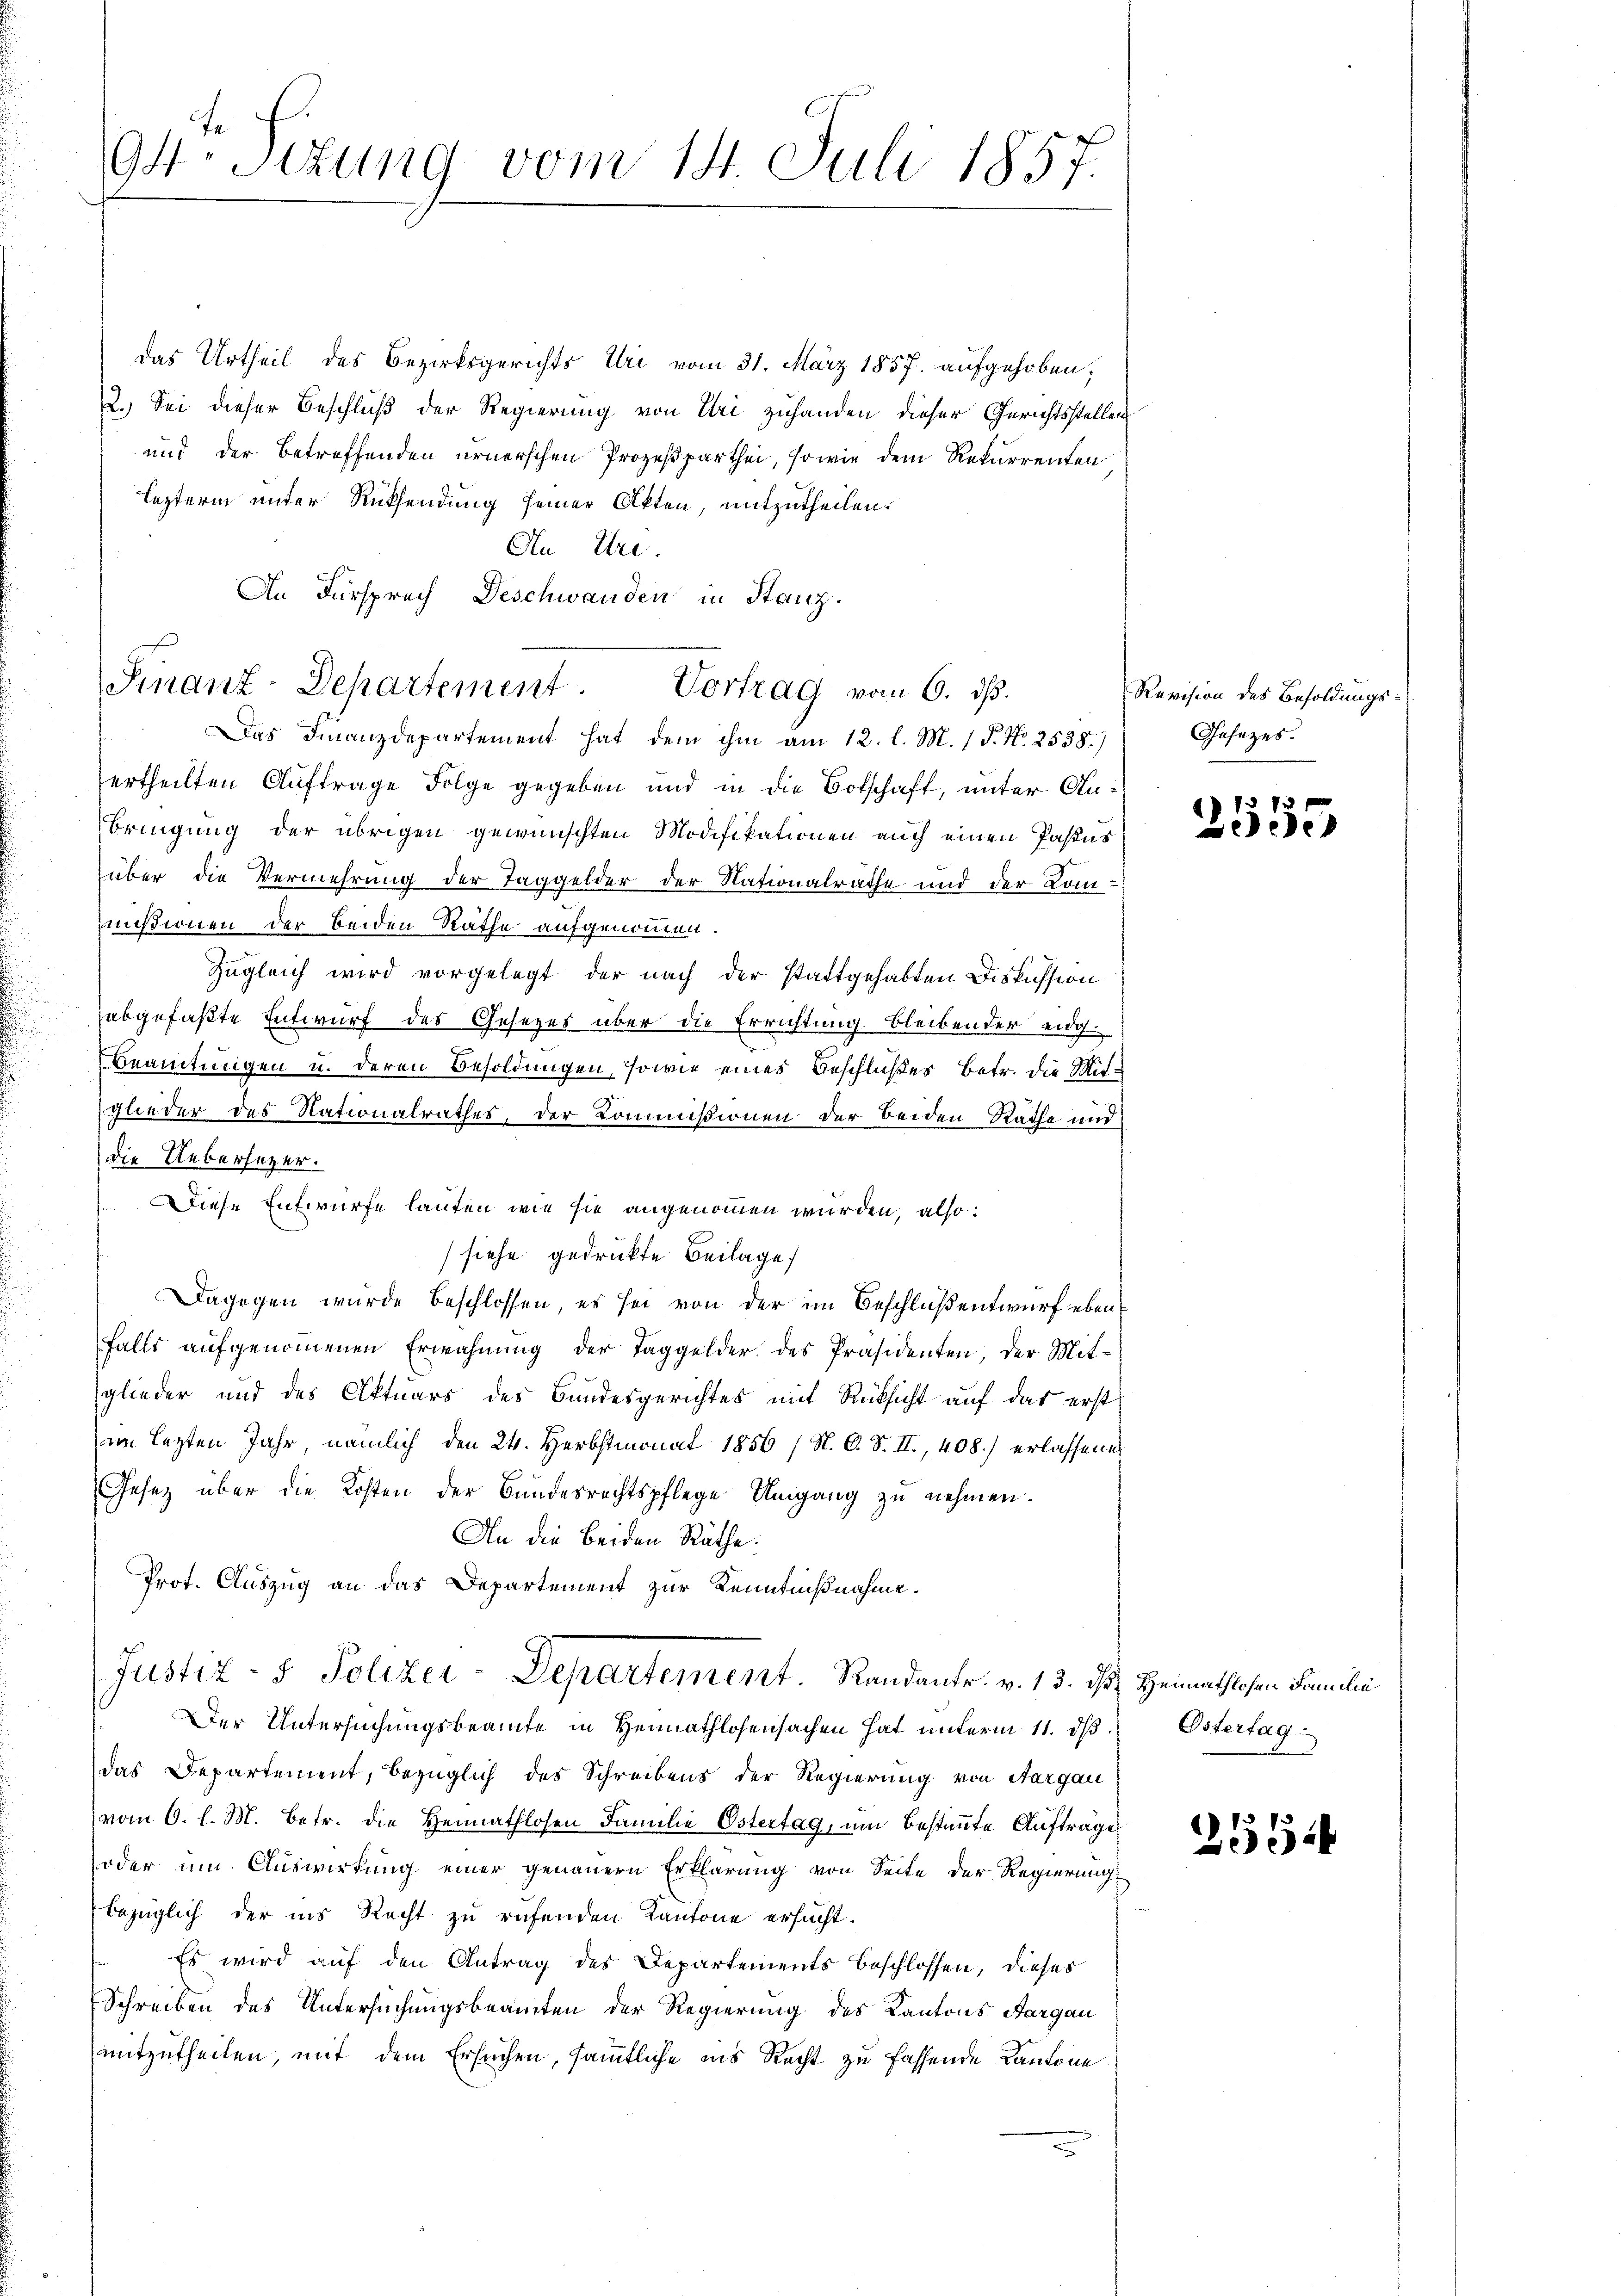
94ten Sizung vom 14. Juli 1857.

Das Urtheil des Bezirksgerichts Uri vom 31. März 1857 aufgehoben;
2.) Sei dieser Beschluß der Regierung von Uri zuhanden dieser Gerichtsstellen
und der Betreffenden ernerschen Prozeßparthei, sowie dem Rekurrenten
lezterm unter Rücksendung seiner Akten, mitzutheilen.
An Uri.
An Fürsprech Deschwanden in Stanz.
Das Finanzdepartement hat dem ihm am 12. l. M. 1 S. Nr. 2538.)
ertheilten Auftrage Folge gegeben und in die Botschaft, unter Anbringung der übrigen gewünschten Modifikationen auch einen Pastes
über die Vermehrung der Taggelder der Nationalräthe und der Kommißionen der beiden Rathe aufgenommen.
Zugleich wird vorgelegt der nach der stattgehabten Diskussion
zabgefaßte Entwurf des Gesezes über die Errichtung bleibender eidg.
Beamtungen u. deren Besoldungen, sowie eines Beschlußes Betr. die Mitglieder des Nationalrathes, der Commißionen der beiden Rathe und
die Uebersetzer.
Diese Entwurfe lauten wie sie angenommen wurden, also:
siehe gedruckte Beilage
Dagegen wurde beschlossen, es sei von der im Beschluß entwurf ebenfalls aufgenommenen Erwähnung der Taggelder des Präsidenten, der Mitglieder und des Aktuars des Bundesgerichtes mit Rücksicht auf das erst
im lezten Jahr, nämlich den 24. Herbstmonat 1856 (N. O. S. II., 408.) erlassene
Gesetz über die Kosten der Bundesrechtspflege Umgang zu nehmen.
An die beiden Räthe:
Prot. Auszug an das Departement zur Kenntnißnahme.
Justiz- & Polizer-Departement.   Randantr. v. 13. ds. Heimathlosen Familie
Der Untersuchungsbeamte in Heimathlosensachen hat unterm 11. dβ Östertag
das Departement, bezüglich des Schreibens der Regierung von Aargau
vom 6. l. M. betr. die Heimathlosen Familie Ostertag, um bestimmte Aufträge
oder um Auswirkung einer genauern Erklärung von Seite der Regierung
bezüglich der ins Recht zu rufenden Kantone ersucht.
Es wird auf den Antrag des Departements beschlossen, dieses
Schreiben des Untersuchungsbeamten der Regierung des Kantons Aargau
mitzutheilen, mit dem Ersuchen, sämmtliche ins Recht zu fassende Kantone

Finanz-Departement. Vortrag vom 6. ds.

Revision des Besoldungs¬
Gesezes.

113 f 4 x
eede

2554